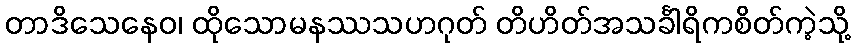
တာဒိသေနေဝ၊ ထိုသောမနဿသဟဂုတ် တိဟိတ်အသင်္ခါရိကစိတ်ကဲ့သို့